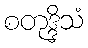
စတုဒ္ဒိသံ